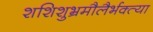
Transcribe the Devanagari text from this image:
शशिशुभ्रमौलैर्भक्त्या